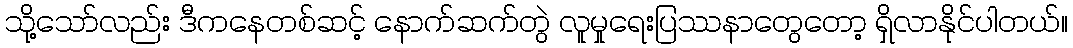
သို့သော်လည်း ဒီကနေတစ်ဆင့် နောက်ဆက်တွဲ လူမှုရေးပြဿနာတွေတော့ ရှိလာနိုင်ပါတယ်။